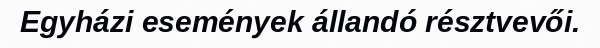
Egyházi események állandó résztvevői.